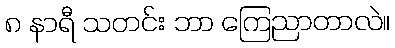
၈ နာရီ သတင်း ဘာ ကြေညာတာလဲ။